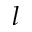
l